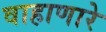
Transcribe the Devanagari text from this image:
वाहाणारे